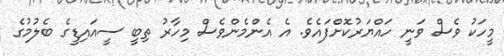
މީހަކު ވެސް ވަނީ ހައްޔަރުކޮށްފައެވެ. އެ އެންމެންވެސް މިހާރު ތިބީ ސީއައިޑީގެ ބެލުމުގެ